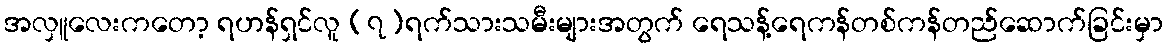
အလှူလေးကတော့ ရဟန်ရှင်လူ (၇)ရက်သားသမီးများအတွက် ရေသန့်ရေကန်တစ်ကန်တည်ဆောက်ခြင်းမှာ